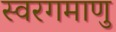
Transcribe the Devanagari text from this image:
स्वरगमाणु